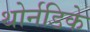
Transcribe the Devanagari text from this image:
थोर्नडिके